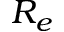
R _ { e }